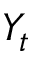
Y _ { t }